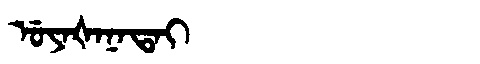
Manchu: ᡠᠶᠠᡧᠠᠨᠠᡨᠠᡳ
Romanization: UYAŠANATAI